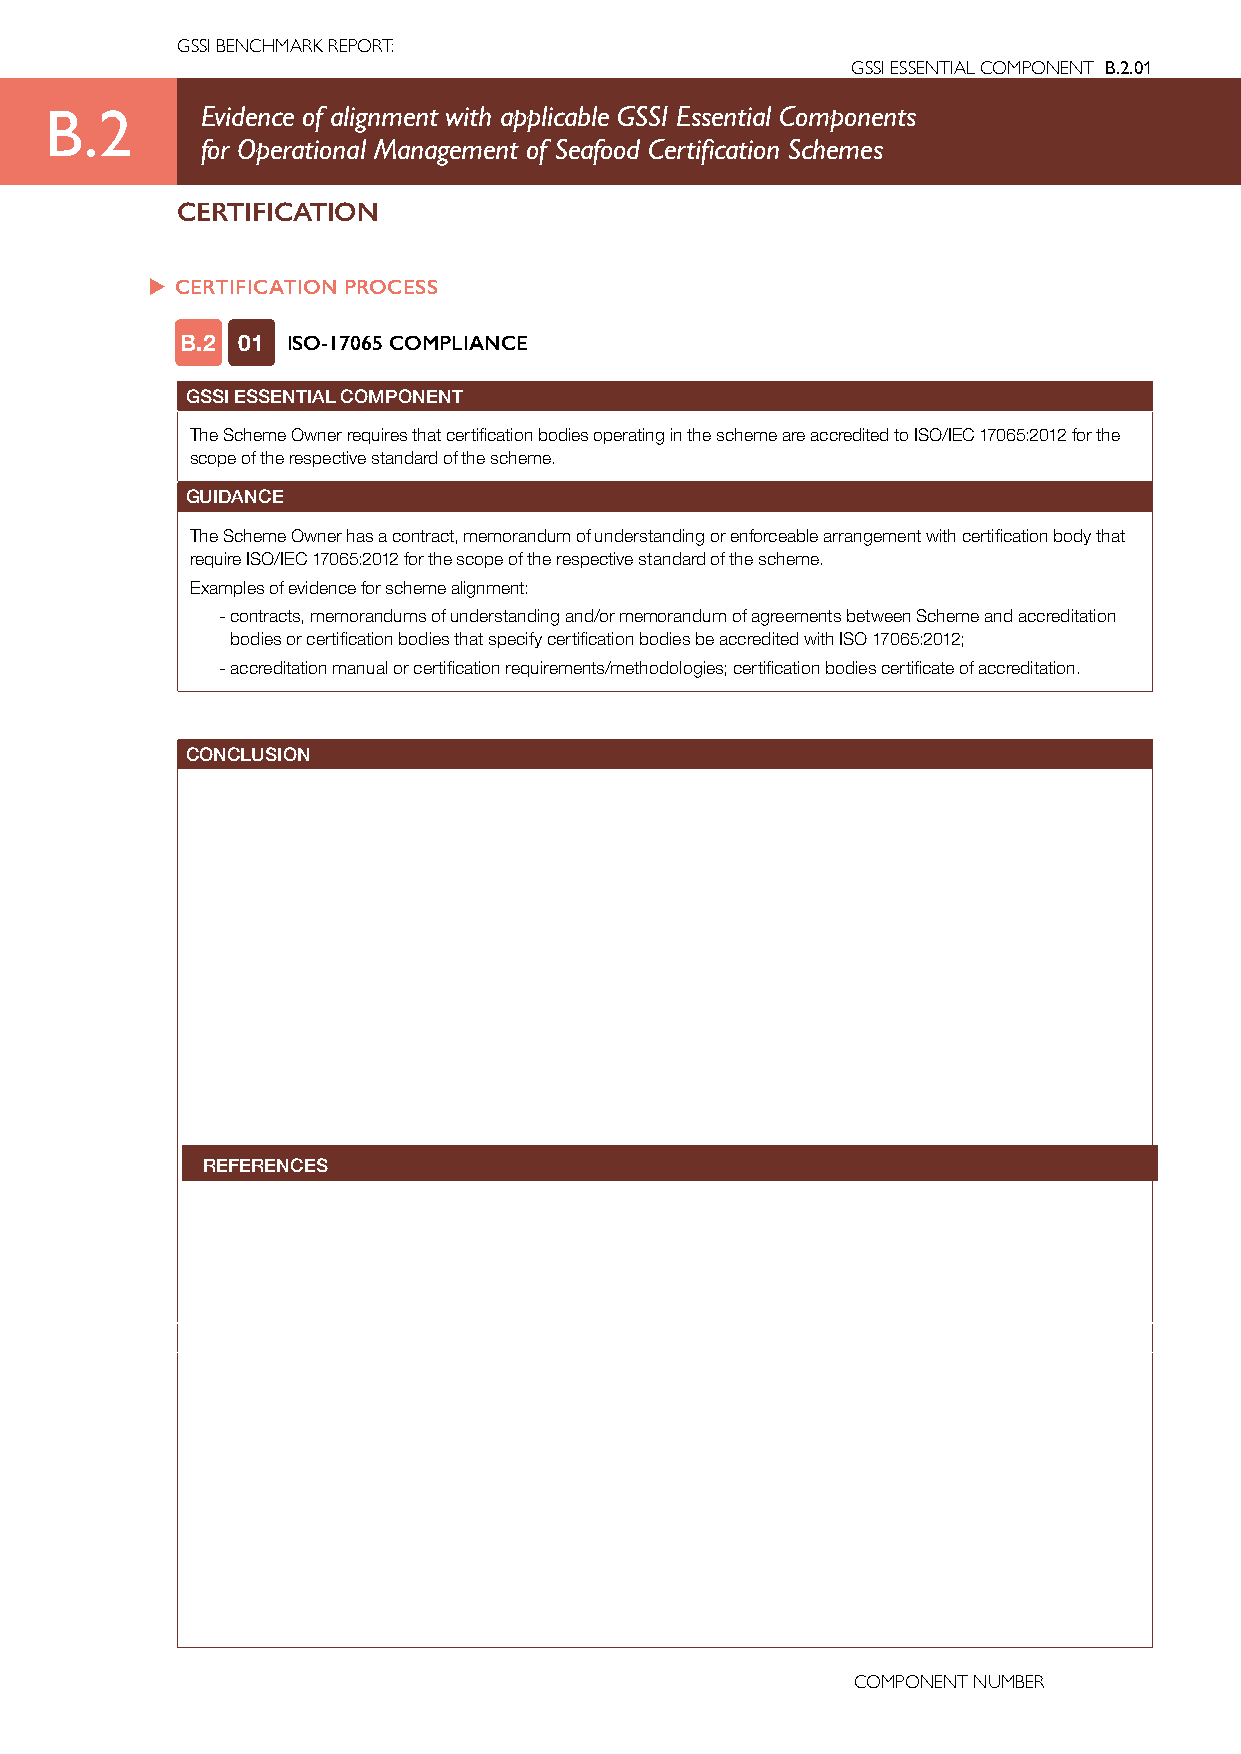
GSSI BENCHMARK REPORT:
 GSSI ESSENTIAL COMPONENT B.2.01
 B.2       Evidence of alignment with applicable GSSI Essential Components
 for Operational Management of Seafood Certification Schemes
 CERTIFICATION
 u CERTIFICATION PROCESS
 B.2 01 ISO-17065 COMPLIANCE
 GSSI ESSENTIAL COMPONENT
 The Scheme Owner requires that certification bodies operating in the scheme are accredited to ISO/IEC 17065:2012 for the
 scope of the respective standard of the scheme.
 GUIDANCE
 The Scheme Owner has a contract, memorandum of understanding or enforceable arrangement with certification body that
 require ISO/IEC 17065:2012 for the scope of the respective standard of the scheme.
 Examples of evidence for scheme alignment:
 - contracts, memorandums of understanding and/or memorandum of agreements between Scheme and accreditation
 bodies or certification bodies that specify certification bodies be accredited with ISO 17065:2012;
 - accreditation manual or certification requirements/methodologies; certification bodies certificate of accreditation.
 CONCLUSION
 REFERENCES
 COMPONENT NUMBER